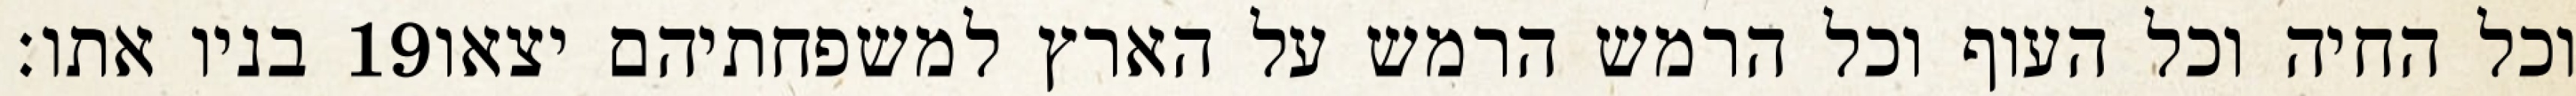
בניו אתו׃ ‎19‏ וכל החיה וכל העוף וכל הרמש הרמש על הארץ למשפחתיהם יצאו